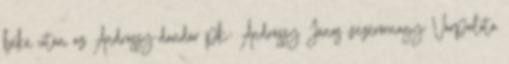
béke után az Andrássy-dandár pk.: Andrássy János vezér­őrnagy; Várpalota